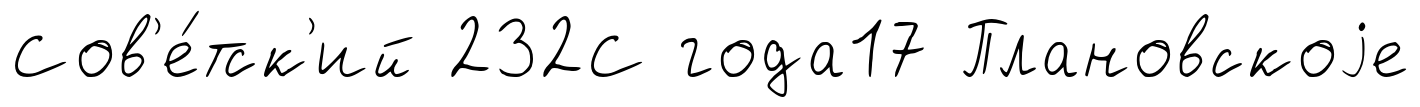
Сов'е́тск'ий 232С года17 Плановскоjе